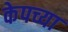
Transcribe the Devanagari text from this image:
केपच्या